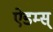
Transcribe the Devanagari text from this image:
ऐडम्स्‌